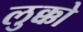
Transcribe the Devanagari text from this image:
लुक्को